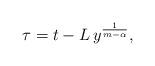
LaTeX: \begin{align*}\tau = t-L\,y^{\frac{1}{m-\alpha}},\end{align*}